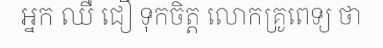
អ្នក ឈឺ ជឿ ទុកចិត្ត លោកគ្រូពេទ្យ ថា